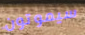
سيموتون